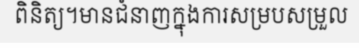
ពិនិត្យ។មានជំនាញក្នុងការសម្របសម្រួល